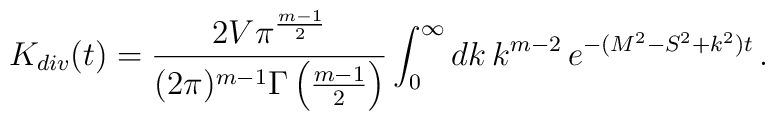
K_{div}(t)=\frac{2V\pi^{\frac{m-1}{2}}}{(2\pi)^{m-1}\Gamma\left(\frac{m-1}{2}\right)}\int_{0}^{\infty}dk\,k^{m-2}\,e^{-(M^2-S^2+k^2)t}\,.